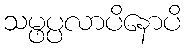
သမ္ဖပ္ပလာပိနောပိ